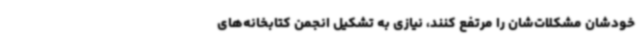
خودشان مشکلات‌شان را مرتفع کنند، نیازی به تشکیل انجمن کتابخانه‌های